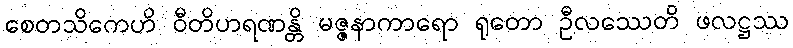
စေတသိကေဟိ ဝီတိဟရဏန္တိ မဇ္ဇနာကာရော ရုတော ဦလဿေတိ ဖလဋ္ဌဿ